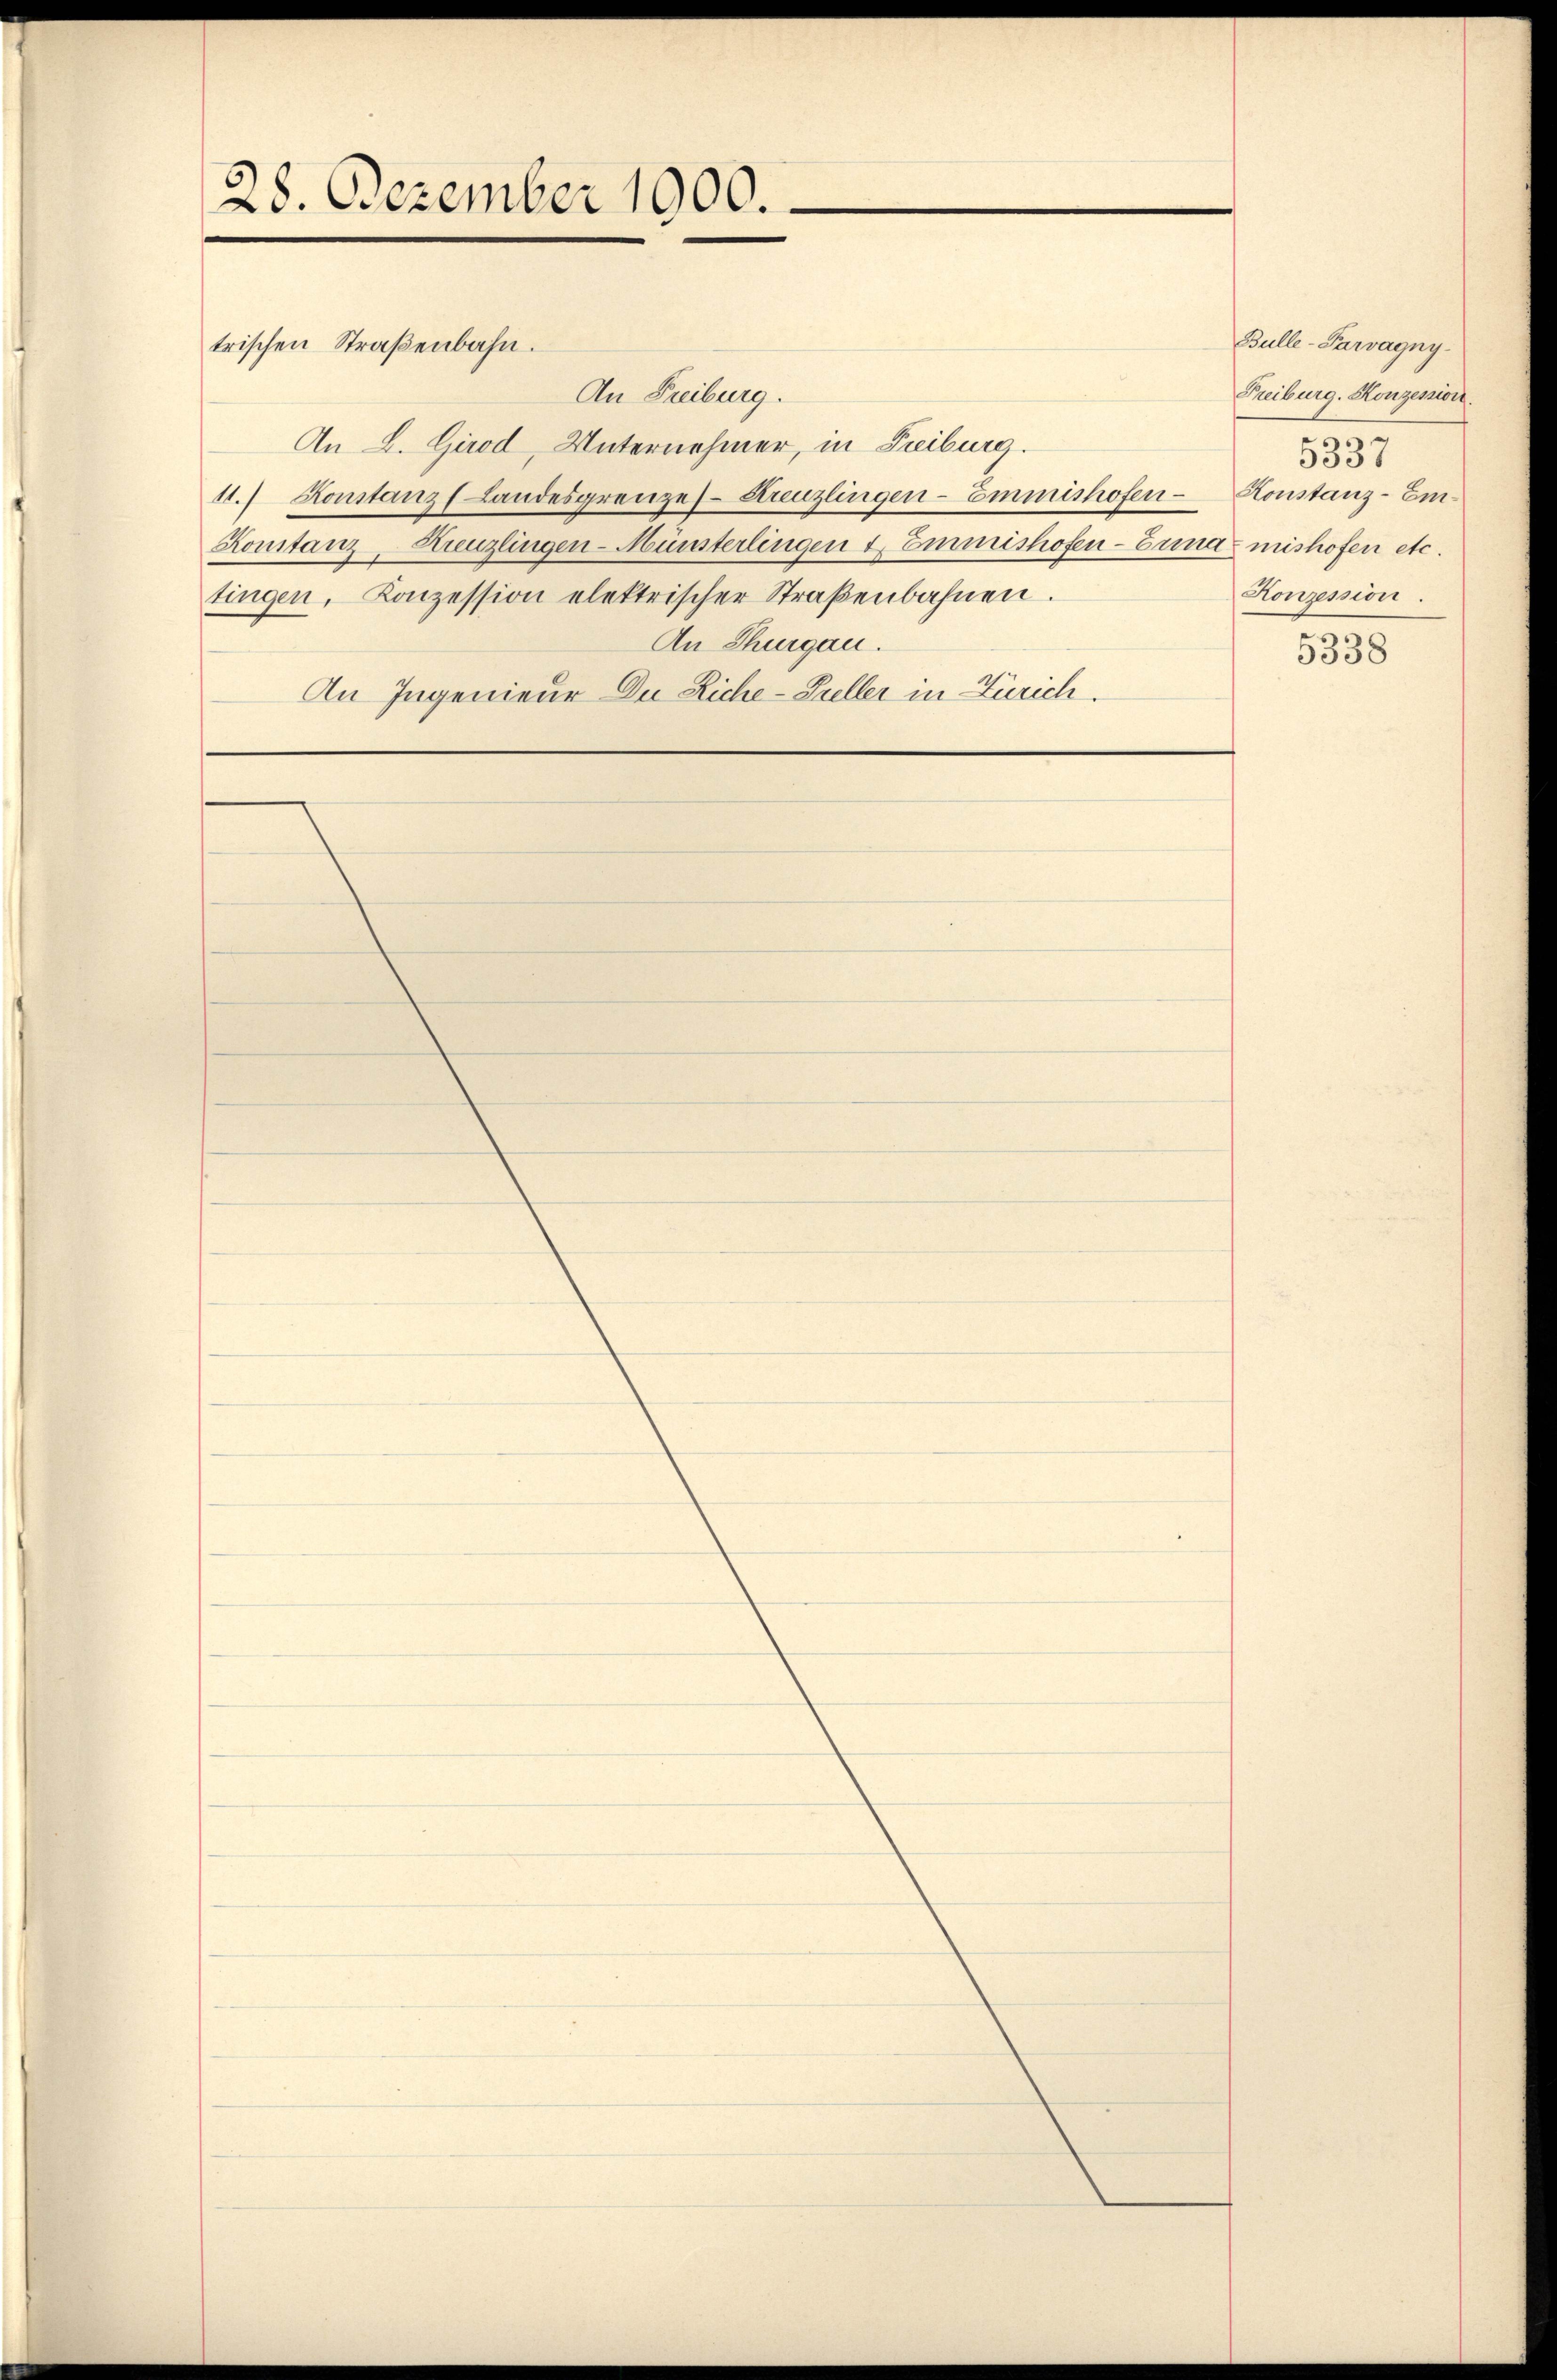
28. Dezember 1900.

trischen Straßenbahn.
An Freiburg.
An L. Girod, Unternehmer, in Freiburg.
11.) Konstanz (Landesgrenze Streuzlingen-Emmishofen- Konstanz-Em¬
Konstanz, Kreuzlingen-Münsterlingen u. Emmishofen-Erna mishofen etc.
tingen, Konzession elektrischer Straβenbahnen.
An Thurgau.
An Ingenieur Du Liche-Pueller in Zürich.

Bulle-Carvagny.
Freiburg, Konzession
5337
Konzession.

5338